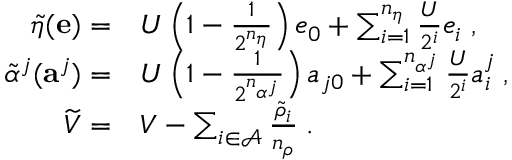
\begin{array} { r l } { \widetilde { \eta } ( \mathbf { e } ) = } & { U \left( 1 - \frac { 1 } { 2 ^ { n _ { \eta } } } \right) e _ { 0 } + \sum _ { i = 1 } ^ { n _ { \eta } } \frac { U } { 2 ^ { i } } e _ { i } \; , } \\ { \widetilde { \alpha } ^ { j } ( \mathbf { a } ^ { j } ) = } & { U \left( 1 - \frac { 1 } { 2 ^ { n _ { \alpha ^ { j } } } } \right) a _ { j 0 } + \sum _ { i = 1 } ^ { n _ { \alpha ^ { j } } } \frac { U } { 2 ^ { i } } a _ { i } ^ { j } \; , } \\ { \widetilde { V } = } & { V - \sum _ { i \in \mathcal { A } } \frac { \widetilde { \rho } _ { i } } { n _ { \rho } } \; . } \end{array}